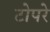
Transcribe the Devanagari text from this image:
टोपरे